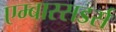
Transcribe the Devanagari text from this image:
एम्बास्सडर्स